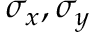
\sigma _ { x } , \sigma _ { y }